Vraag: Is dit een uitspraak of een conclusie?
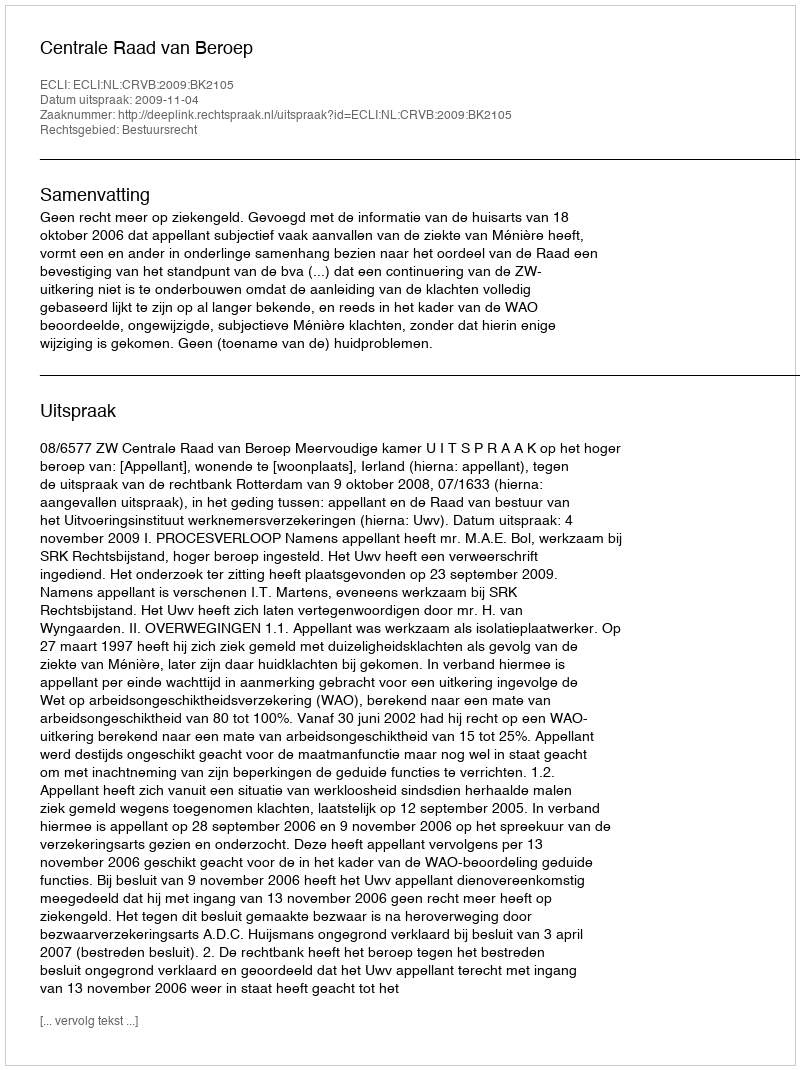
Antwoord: Uitspraak